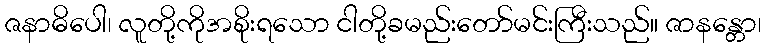
ဇနာဓိပေါ၊ လူတို့ကိုအစိုးရသော ငါတို့ခမည်းတော်မင်းကြီးသည်။ ဇာနန္တော၊